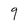
Character: 9